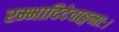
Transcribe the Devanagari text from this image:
रम्भादिदेवाङ्गनाः।